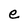
Character: e